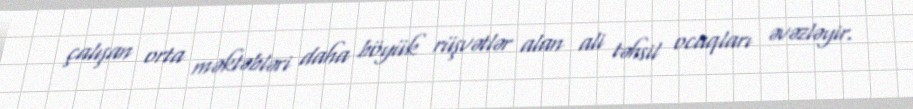
çalışan orta məktəbləri daha böyük rüşvətlər alan ali təhsil ocaqları əvəzləyir.